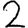
Digit: 2